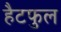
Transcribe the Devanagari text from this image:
हैटफुल